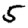
Digit: 5